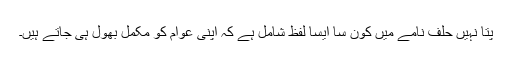
پتا نہیں حلف نامے میں کون سا ایسا لفظ شامل ہے کہ اپنی عوام کو مکمل بھول ہی جاتے ہیں۔